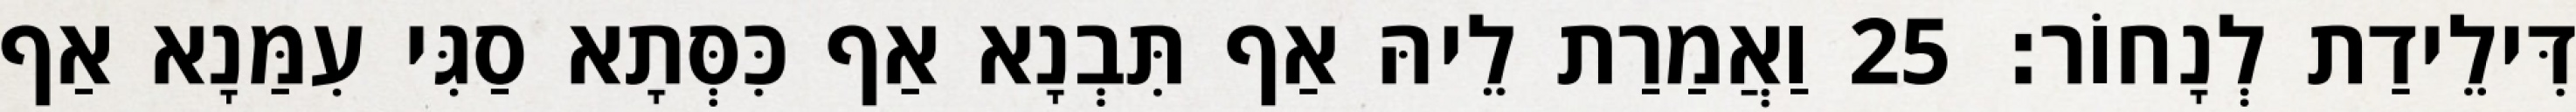
דִּילֵידַת לְנָחוֹר׃ 25 וַאֲמַרַת לֵיהּ אַף תִּבְנָא אַף כִּסְּתָא סַגִּי עִמַּנָא אַף